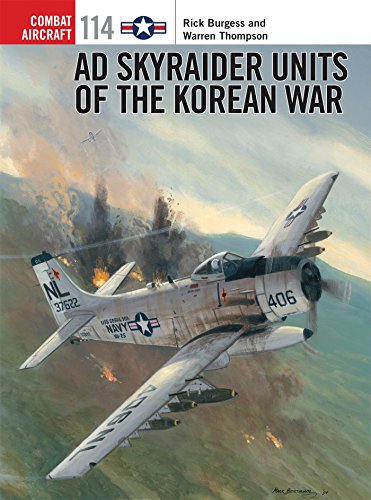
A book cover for AD Skyraider Units of the Korean War (Combat Aircraft); Rick Burgess; History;